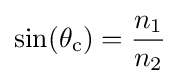
\sin(\theta _{\text{c}})={\frac {n_{1}}{n_{2}}}